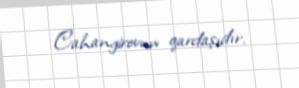
Cahangirovun qardaşıdır.